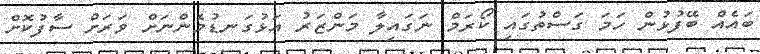
ބައެއް ބޭފުޅުން ހަމަ ގަސްތުގައި ކޯރަމް ނަގައިލާ މަންޒަރު އަޅުގަނޑުމެންނަށް ވަރަށް ސާފުކޮށް